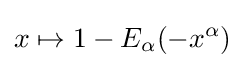
x\mapsto 1-E_{\alpha }(-x^{\alpha })